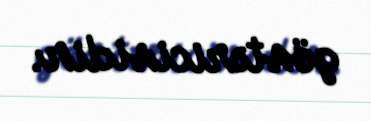
göstəricisidir.